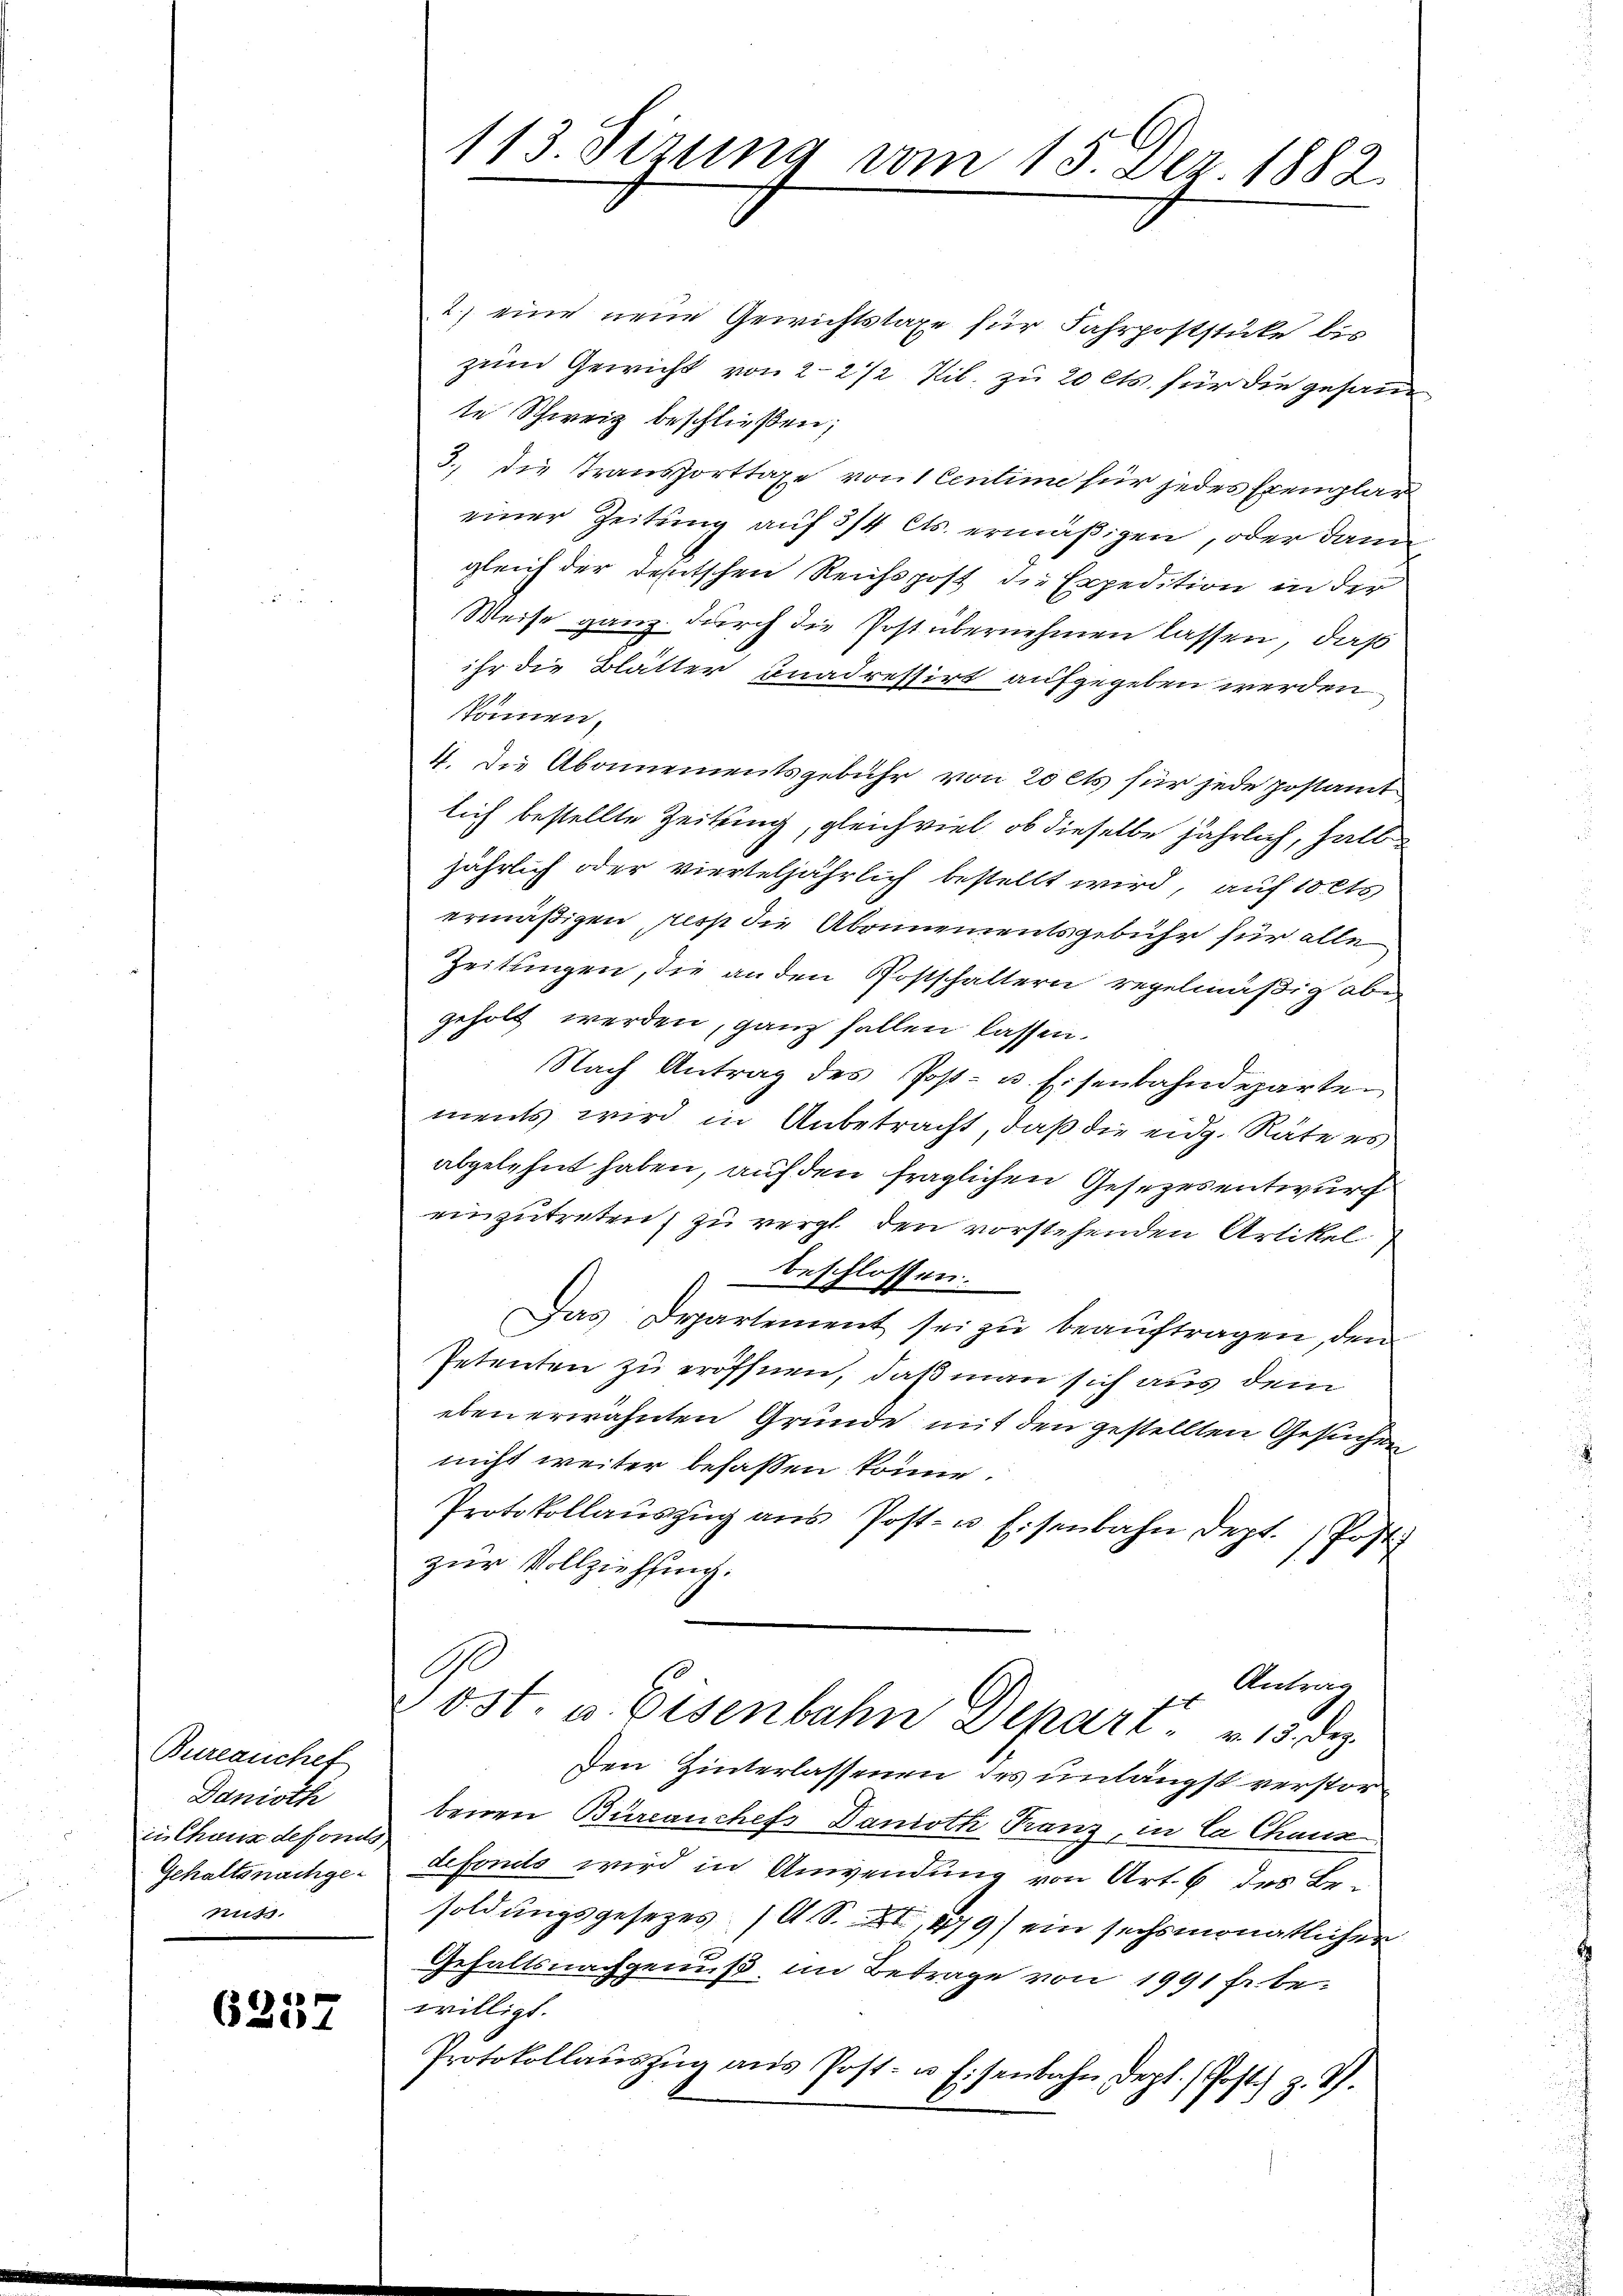
Bureauchef
Danioth
in Chaux defonis,
Gehaltsnachge¬
Nuss.

6257

113. Sizung vom 15. Dez. 1882.

2) eine neue Gewichtstaxe für Fahrpoststücke bis
zum Gewicht von 2-2 1/2 Til. zu 20 cts. für die gesam
te Schweiz beschließen;
3., die Transporttaxe von 1 Centime für jedes Exemplar
einer Zeitung auf 3/4 Cts. ermäßigen, oder dann
gleich der deutschen Reichspost die Expedition in der
Weise ganz durch die Post übernehmen lassen, daß
ihr die Blätter unadressirt aufgegeben werden
können.
4. Die Abonnementsgebühr von 20 cts für jede postamt
lich bestellte Zeitung, gleichviel, ob dieselbe jährlich, halb
jährlich oder vierteljährlich bestellt wird, auf 10 cts
ermäßigen resp die Abonnementsgebühr für alle
Zeitungen, die an den Postschaltern regelmäßig abe
geholt werden, ganz fallen lassen.
Nach Antrag des Post- u. Eisenbahndeparten
ments wird in Anbetracht, daß die eidg. Räte es
abgelehnt haben, auf den fraglichen Gesezesentwurf
einzutreten, zu vergl. den vorstehenden Artikel
beschlossen.
Das Departement sei zu beauftragen, den
Petenten zu eröffnen, daß man sich aus dem
eben erwähnten Grunde mit den gestellten Gesuchen
nicht weiter befassen könne.
Protokollaŭszŭg aŭs Post- u. Eisenbahn dept. Post
zur Vollziehung.
C
Antrag
Jost, u. Eisenbahn Depart v. 13. Dez.
Den Hinterlassenen des unlängst verstorbenen Büreanchefs Danoth Franz, in Ca Chaus
defondo wird in Anwendung von Art. 6 des Be-
soldungsgesetzes (A. S. XI,479) ein sechsmonatlicher
Gehaltsnachgenuß, im Betrage von 1991 fr. bewilligt.
Protokollaŭszŭg aŭs Post- u. Eisenbahn dept. / Post z. T.